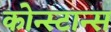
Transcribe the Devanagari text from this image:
कोन्स्टान्स